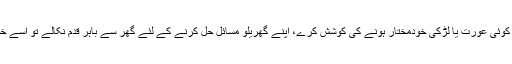
ہماری سوسائٹی کا عام چلن ہے کہ اگر کوئی عورت یا لڑکی خودمختار ہونے کی کوشش کرے، اپنے گھریلو مسائل حل کرنے کے لئے گھر سے باہر قدم نکالے تو اسے خود بخود بری عورت سمجھ لیا جاتا ہے۔